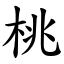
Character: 桃